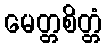
မေတ္တစိတ္တံ